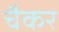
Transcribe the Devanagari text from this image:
चैकर